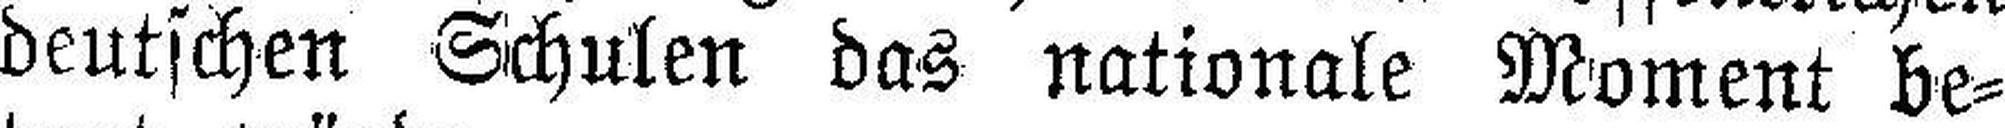
deutschen Schulen das nationale Moment be¬